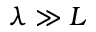
\lambda \gg L